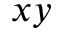
x y